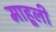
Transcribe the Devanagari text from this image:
माहूली